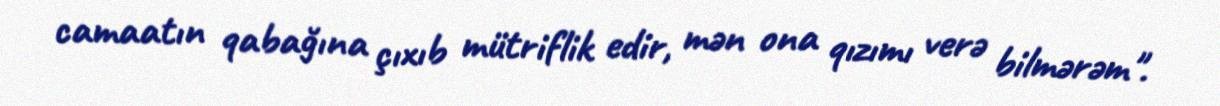
camaatın qabağına çıxıb mütriflik edir, mən ona qızımı verə bilmərəm".